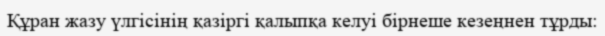
Құран жазу үлгісінің қазіргі қалыпқа келуі бірнеше кезеңнен тұрды: